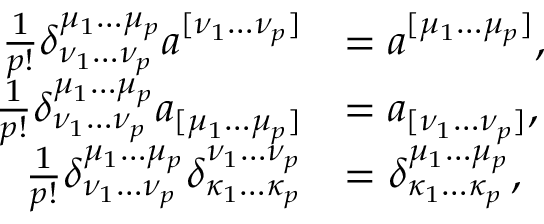
{ \begin{array} { r l } { { \frac { 1 } { p ! } } \delta _ { \nu _ { 1 } \dots \nu _ { p } } ^ { \mu _ { 1 } \dots \mu _ { p } } a ^ { [ \nu _ { 1 } \dots \nu _ { p } ] } } & { = a ^ { [ \mu _ { 1 } \dots \mu _ { p } ] } , } \\ { { \frac { 1 } { p ! } } \delta _ { \nu _ { 1 } \dots \nu _ { p } } ^ { \mu _ { 1 } \dots \mu _ { p } } a _ { [ \mu _ { 1 } \dots \mu _ { p } ] } } & { = a _ { [ \nu _ { 1 } \dots \nu _ { p } ] } , } \\ { { \frac { 1 } { p ! } } \delta _ { \nu _ { 1 } \dots \nu _ { p } } ^ { \mu _ { 1 } \dots \mu _ { p } } \delta _ { \kappa _ { 1 } \dots \kappa _ { p } } ^ { \nu _ { 1 } \dots \nu _ { p } } } & { = \delta _ { \kappa _ { 1 } \dots \kappa _ { p } } ^ { \mu _ { 1 } \dots \mu _ { p } } , } \end{array} }